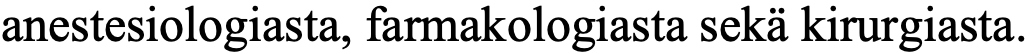
anestesiologiasta, farmakologiasta sekä kirurgiasta.